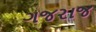
ગજરાજ